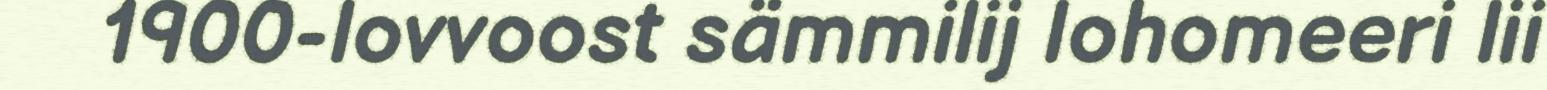
1900-lovvoost sämmilij lohomeeri lii